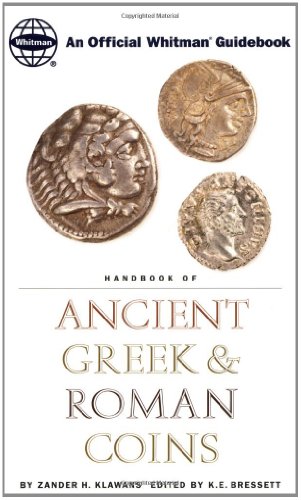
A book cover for Handbook of Ancient Greek and Roman Coins: An Official Whitman Guidebook; Zander H. Klawans; Crafts, Hobbies & Home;